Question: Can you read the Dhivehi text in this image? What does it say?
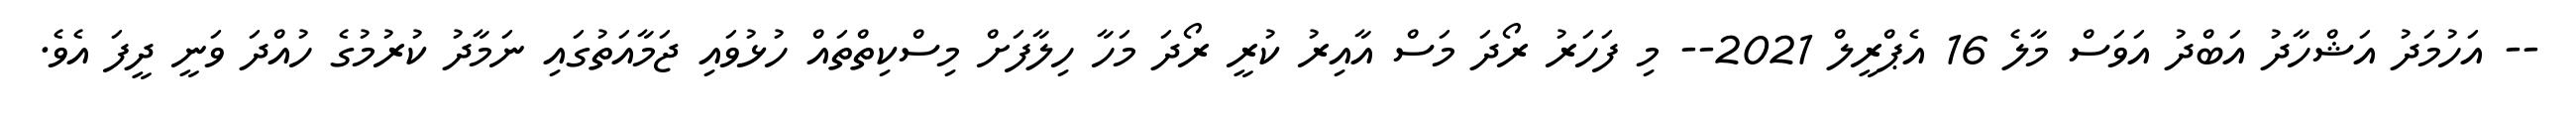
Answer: -- އަހުމަދު އަޝްހާދު އަބްދު އަވަސް މާލެ 16 އެޕްރީލް 2021-- މި ފަހަރު ރޯދަ މަސް އާއިރު ކުރީ ރޯދަ މަހާ ހިލާފަށް މިސްކިތްތައް ހުޅުވައި ޖަމާއަތުގައި ނަމާދު ކުރުމުގެ ހުއްދަ ވަނީ ދީފަ އެވެ.